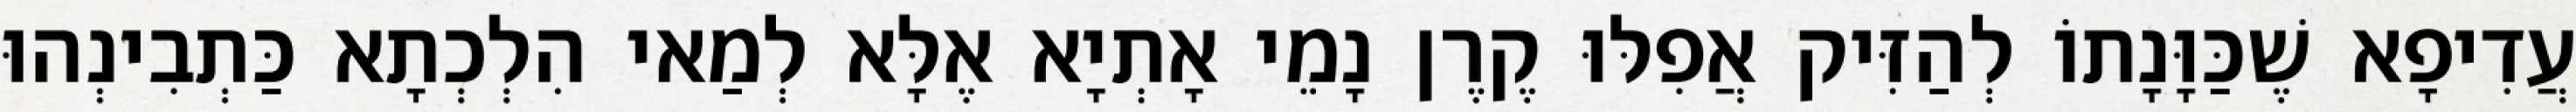
עֲדִיפָא שֶׁכַּוָּנָתוֹ לְהַזִּיק אֲפִלּוּ קֶרֶן נָמֵי אָתְיָא אֶלָּא לְמַאי הִלְכְתָא כַּתְבִינְהוּ